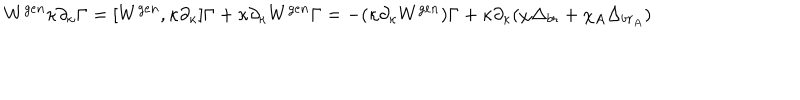
W ^ { g e n } \kappa \partial _ { \kappa } \Gamma = [ W ^ { g e n } , \kappa \partial _ { \kappa } ] \Gamma + \kappa \partial _ { \kappa } W ^ { g e n } \Gamma = - ( \kappa \partial _ { \kappa } W ^ { g e n } ) \Gamma + \kappa \partial _ { \kappa } ( \chi \Delta _ { b r } + \chi _ { A } \Delta _ { b r _ { A } } )